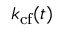
k _ { \mathrm { c f } } ( t )